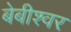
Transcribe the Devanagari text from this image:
बेबीश्वर